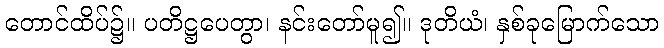
တောင်ထိပ်၌။ ပတိဋ္ဌပေတွာ၊ နင်းတော်မူ၍။ ဒုတိယံ၊ နှစ်ခုမြောက်သော